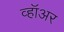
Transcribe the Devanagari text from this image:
व्हॉअर